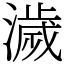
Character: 濊